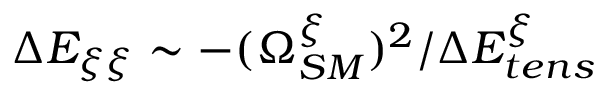
\Delta E _ { \xi \xi } \sim - ( \Omega _ { S M } ^ { \xi } ) ^ { 2 } / \Delta E _ { t e n s } ^ { \xi }